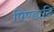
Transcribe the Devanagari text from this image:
पिण्डादि